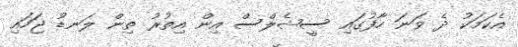
އެކަމަކު ދެ ވަނަ ހާފުގައި ސީޝެލްސް އިން އިތުރު ތިން ލަނޑު ޖަހައި